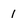
Character: 1